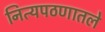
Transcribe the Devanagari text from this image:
नित्यपठणातले